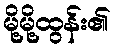
မို့မို့ထွန်း၏